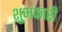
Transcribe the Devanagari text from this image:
शुभकारी